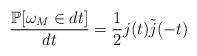
LaTeX: \begin{align*}\frac{\mathbb{P}[\omega_M \in dt]}{dt}=\frac{1}{2}j(t)\tilde{j}(-t) \end{align*}